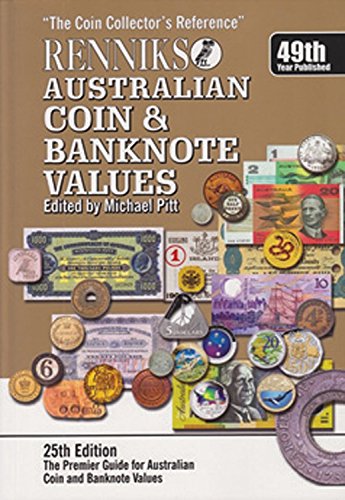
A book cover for Renniks Australian Coin & Banknote Values 25th Edition: The Coin Collectors Reference; Michael Pitt; History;